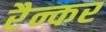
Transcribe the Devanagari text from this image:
रैन्कर